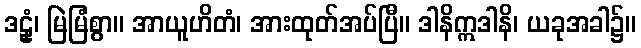
ဒဠှံ၊ မြဲမြံစွာ။ အာယူဟိတံ၊ အားထုတ်အပ်ပြီ။ ဒါနိဣဒါနိ၊ ယခုအခါ၌။